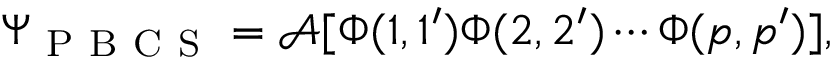
\Psi _ { \mathrm { ~ P ~ B ~ C ~ S ~ } } = \mathcal { A } [ \Phi ( 1 , 1 ^ { \prime } ) \Phi ( 2 , 2 ^ { \prime } ) \cdots \Phi ( p , p ^ { \prime } ) ] ,